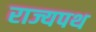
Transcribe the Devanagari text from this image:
राज्यपथ